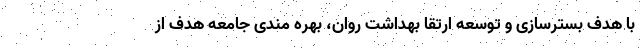
با هدف بسترسازی و توسعه ارتقا بهداشت روان، بهره مندی جامعه هدف از